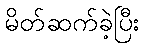
မိတ်ဆက်ခဲ့ပြီး